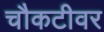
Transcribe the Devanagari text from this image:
चौकटीवर